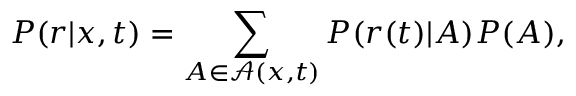
P ( r | x , t ) = \sum _ { A \in \mathcal { A } ( x , t ) } P ( r ( t ) | A ) P ( A ) ,